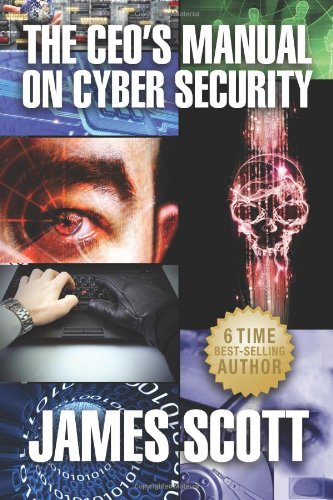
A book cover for The CEO's Manual on Cyber Security; James Scott; Computers & Technology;